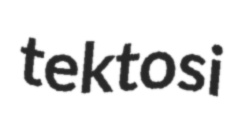
tektosi